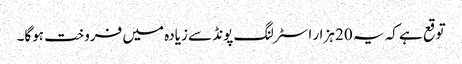
توقع ہے کہ یہ 20 ہزار اسٹرلنگ پونڈ سے زیادہ میں فروخت ہوگا۔